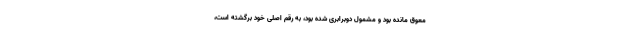
معوق مانده بود و مشمول دوبرابری شده بود، به رقم اصلی خود برگشته است،